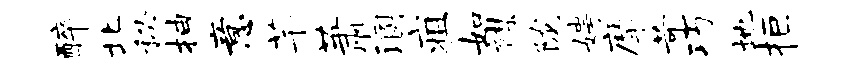
醉北秘抽意芊萧溷疽如襟陇娉摩苛巧地拒